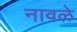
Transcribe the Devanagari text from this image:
नावले